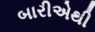
બારીએથી